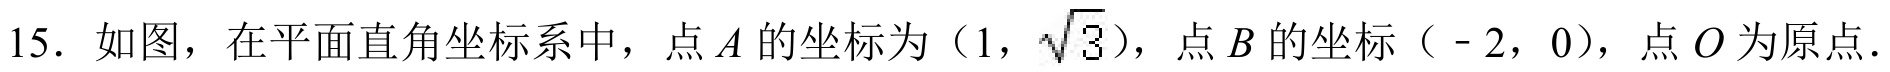
15. 如图，在平面直角坐标系中，点$A$的坐标为$(1,\sqrt{3})$，点$B$的坐标$(-2,0)$，点$O$为原点.